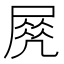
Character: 𡲵